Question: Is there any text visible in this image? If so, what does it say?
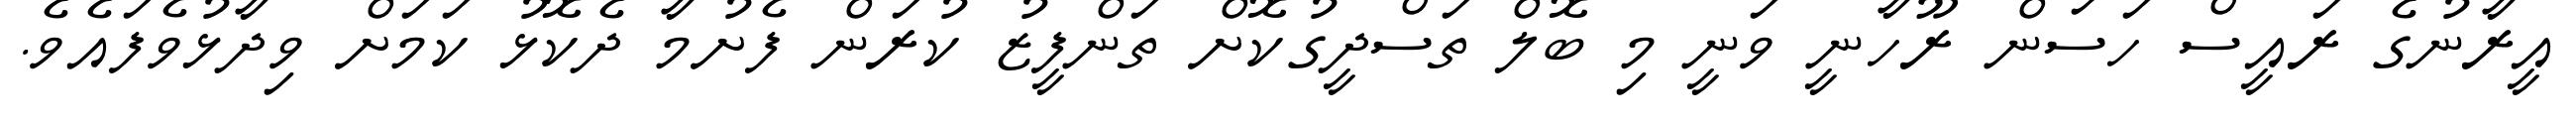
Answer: އީރާނުގެ ރައީސް ހަސަން ރޫހާނީ ވަނީ މި ބޮލް ތަސްދީގުކޮށް ތަންފީޒު ކުރަން ފެށުމާ ދެކޮޅު ކަމަށް ވިދާޅުވެފައެވެ.